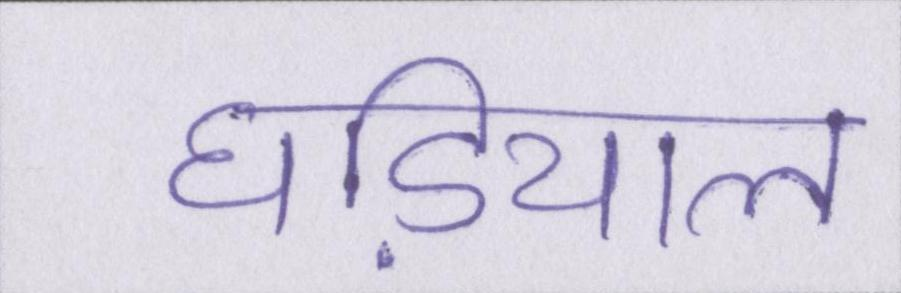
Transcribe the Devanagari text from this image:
घडि़याल